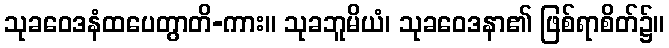
သုခဝေဒနံထပေတွာတိ-ကား။ သုခဘူမိယံ၊ သုခဝေဒနာ၏ ဖြစ်ရာစိတ်၌။